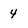
Character: 4